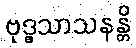
ဗုဒ္ဓသာသနန္တိ